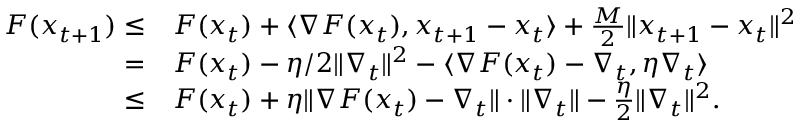
\begin{array} { r l } { F ( x _ { t + 1 } ) \le } & { F ( x _ { t } ) + \langle \nabla F ( x _ { t } ) , x _ { t + 1 } - x _ { t } \rangle + \frac { M } { 2 } \| x _ { t + 1 } - x _ { t } \| ^ { 2 } } \\ { = } & { F ( x _ { t } ) - \eta / 2 \| \nabla _ { t } \| ^ { 2 } - \langle \nabla F ( x _ { t } ) - \nabla _ { t } , \eta \nabla _ { t } \rangle } \\ { \le } & { F ( x _ { t } ) + \eta \| \nabla F ( x _ { t } ) - \nabla _ { t } \| \cdot \| \nabla _ { t } \| - \frac { \eta } { 2 } \| \nabla _ { t } \| ^ { 2 } . } \end{array}